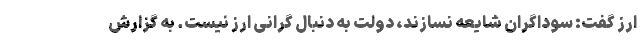
ارز گفت: سوداگران شایعه نسازند، دولت به دنبال گرانی ارز نیست. به گزارش